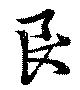
良